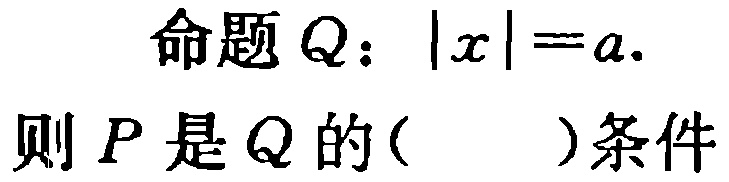
命题$Q:|x| = a.$

则$P$是$Q$的( )条件